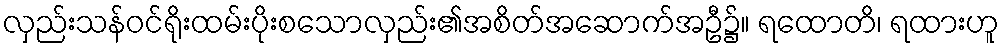
လှည်းသန်ဝင်ရိုးထမ်းပိုးစသောလှည်း၏အစိတ်အဆောက်အဦ၌။ ရထောတိ၊ ရထားဟူ